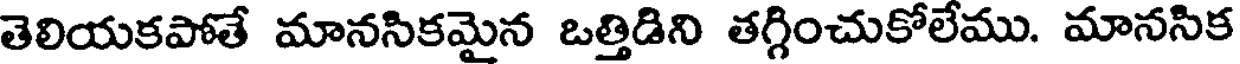
తెలియకపోతే మానసికమైన ఒత్తిడిని తగ్గించుకోలేము. మానసిక